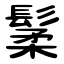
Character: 䰆